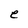
Character: e